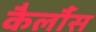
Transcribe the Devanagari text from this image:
कैर्लौस